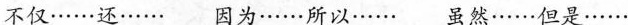
不仅……还……因为……所以……虽然……但是……